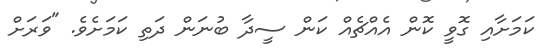
ކަމަށާއި ގޮވީ ކޮން އެއްޗެއް ކަން ސީދާ ބުނަން ދަތި ކަމަށެވެ. "ވަރަށް